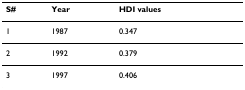
<table><thead><tr><td><b>S#</b></td><td><b>Year</b></td><td><b>HDI values</b></td></tr></thead><tbody><tr><td>1</td><td>1987</td><td>0.347</td></tr><tr><td>2</td><td>1992</td><td>0.379</td></tr><tr><td>3</td><td>1997</td><td>0.406</td></tr></tbody></table>